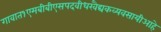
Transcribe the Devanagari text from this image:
गावात१एमबीबीएसपदवीधरवैद्यकव्यवसायीआहे